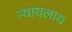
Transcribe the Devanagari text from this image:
न्यायलाय